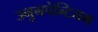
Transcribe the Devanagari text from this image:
उनुनपेन्टियम